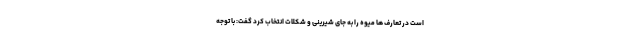
است در تعارف ها میوه را به جای شیرینی و شکلات انتخاب کرد گفت: با توجه